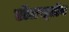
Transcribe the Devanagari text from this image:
टॉलस्‍टॉय